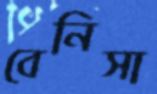
বেনিসা